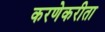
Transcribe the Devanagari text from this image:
करणेकरीता